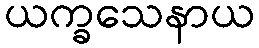
ယက္ခသေနာယ